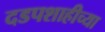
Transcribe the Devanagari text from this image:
दडपशाहीच्या